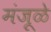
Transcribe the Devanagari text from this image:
मंजूळे